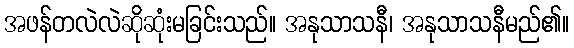
အဖန်တလဲလဲဆိုဆုံးမခြင်းသည်။ အနုသာသနီ၊ အနုသာသနီမည်၏။